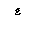
Letter: _ayn